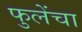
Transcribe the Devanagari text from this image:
फुलेंचा